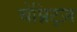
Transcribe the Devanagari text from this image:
चेम्निट्ज़